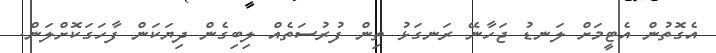
އެގޮތުން އެޓީމަށް ލަނޑު ޖަހާނޭ ރަނގަޅު ތިން ފުރުސަތެއް ލިބިގެން ދިޔަކަން ފާހަގަކޮށްލަން.